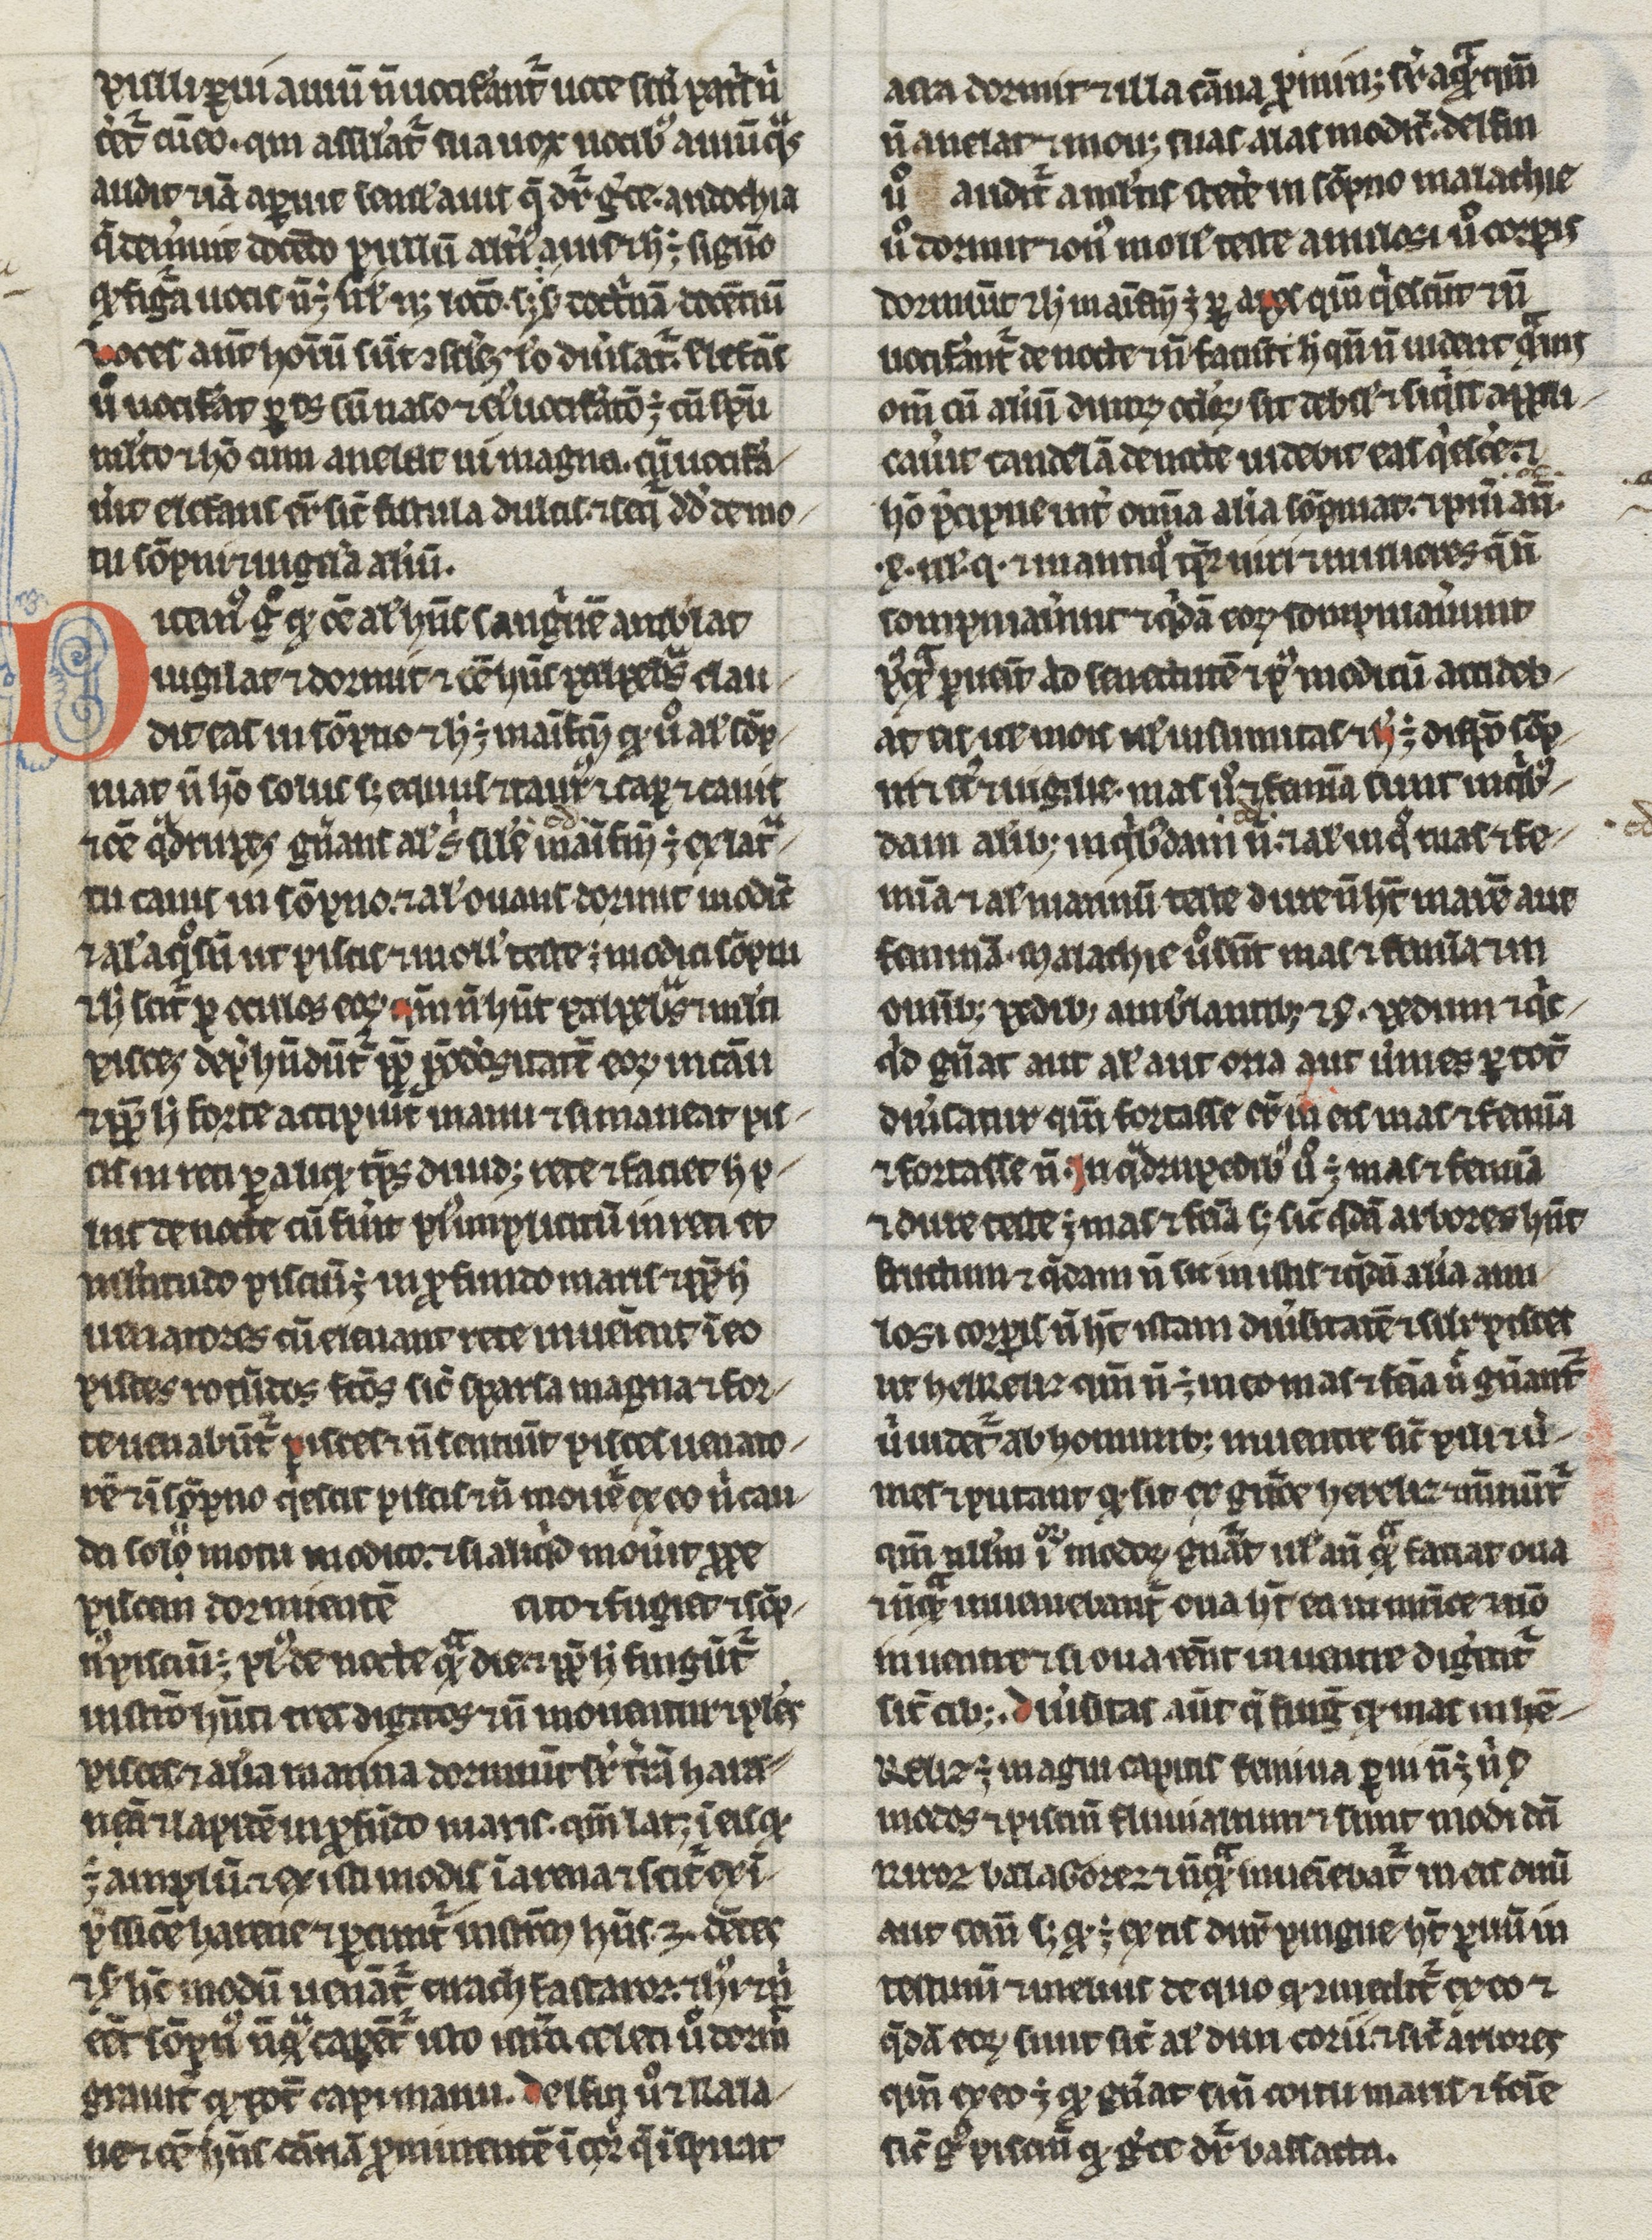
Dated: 1200–1299